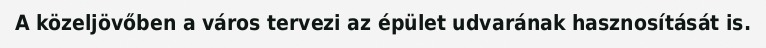
A közeljövőben a város tervezi az épület udvarának hasznosítását is.